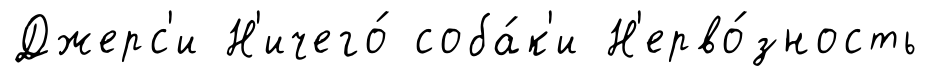
Джерс'и Н'ичего́ соба́к'и Н'ерво́зность